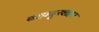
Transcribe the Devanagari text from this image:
बहादुरशहर